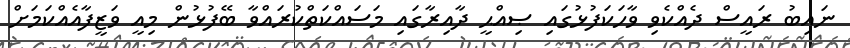
ނައިބު ރައީސް ދެއްކެވި ވާހަކަފުޅުގައި ޞިއްޙީ ދާއިރާގައި މަސައްކަތްކުރައްވާ ބޭފުޅުން މިއީ ވަޒީފާއެއްކަމަށް